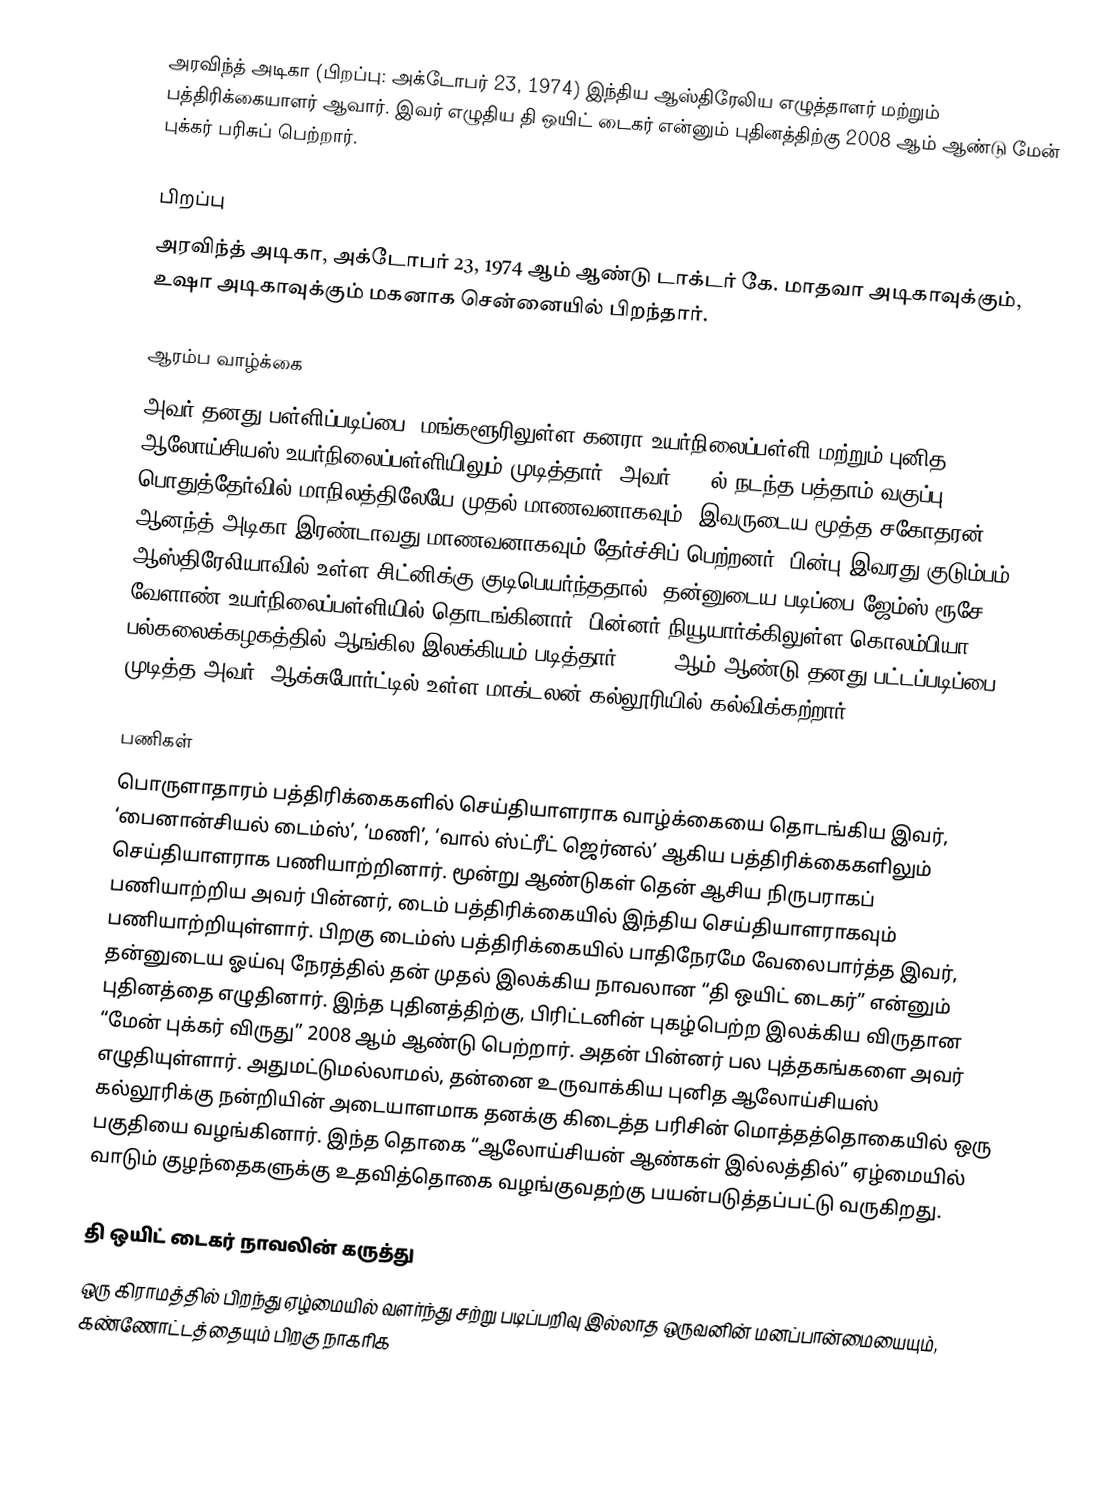
அரவிந்த் அடிகா (பிறப்பு: அக்டோபர் 23, 1974) இந்திய ஆஸ்திரேலிய எழுத்தாளர் மற்றும் பத்திரிக்கையாளர் ஆவார். இவர் எழுதிய தி ஒயிட் டைகர் என்னும் புதினத்திற்கு 2008 ஆம் ஆண்டு மேன் புக்கர் பரிசுப் பெற்றார்.

பிறப்பு
அரவிந்த் அடிகா, அக்டோபர் 23, 1974 ஆம் ஆண்டு டாக்டர் கே. மாதவா அடிகாவுக்கும், உஷா அடிகாவுக்கும் மகனாக சென்னையில் பிறந்தார்.

ஆரம்ப வாழ்க்கை
அவர் தனது பள்ளிப்படிப்பை, மங்களூரிலுள்ள கனரா உயர்நிலைப்பள்ளி மற்றும் புனித ஆலோய்சியஸ் உயர்நிலைப்பள்ளியிலும் முடித்தார். அவர் 1990ல் நடந்த பத்தாம் வகுப்பு பொதுத்தேர்வில் மாநிலத்திலேயே முதல் மாணவனாகவும், இவருடைய மூத்த சகோதரன் ஆனந்த் அடிகா இரண்டாவது மாணவனாகவும் தேர்ச்சிப் பெற்றனர். பின்பு இவரது குடும்பம் ஆஸ்திரேலியாவில் உள்ள சிட்னிக்கு குடிபெயர்ந்ததால், தன்னுடைய படிப்பை ஜேம்ஸ் ரூசே வேளாண் உயர்நிலைப்பள்ளியில் தொடங்கினார். பின்னர் நியூயார்க்கிலுள்ள கொலம்பியா பல்கலைக்கழகத்தில் ஆங்கில இலக்கியம் படித்தார். 1997 ஆம் ஆண்டு தனது பட்டப்படிப்பை முடித்த அவர், ஆக்சுபோர்ட்டில் உள்ள மாக்டலன் கல்லூரியில் கல்விக்கற்றார்.

பணிகள்
பொருளாதாரம் பத்திரிக்கைகளில் செய்தியாளராக வாழ்க்கையை தொடங்கிய இவர், ‘பைனான்சியல் டைம்ஸ்’, ‘மணி’, ‘வால் ஸ்ட்ரீட் ஜெர்னல்’ ஆகிய பத்திரிக்கைகளிலும் செய்தியாளராக பணியாற்றினார். மூன்று ஆண்டுகள் தென் ஆசிய நிருபராகப் பணியாற்றிய அவர் பின்னர், டைம் பத்திரிக்கையில் இந்திய செய்தியாளராகவும் பணியாற்றியுள்ளார். பிறகு டைம்ஸ் பத்திரிக்கையில் பாதிநேரமே வேலைபார்த்த இவர், தன்னுடைய ஓய்வு நேரத்தில் தன் முதல் இலக்கிய நாவலான “தி ஒயிட் டைகர்” என்னும் புதினத்தை எழுதினார். இந்த புதினத்திற்கு, பிரிட்டனின் புகழ்பெற்ற இலக்கிய விருதான “மேன் புக்கர் விருது” 2008 ஆம் ஆண்டு பெற்றார். அதன் பின்னர் பல புத்தகங்களை அவர் எழுதியுள்ளார். அதுமட்டுமல்லாமல், தன்னை உருவாக்கிய புனித ஆலோய்சியஸ் கல்லூரிக்கு நன்றியின் அடையாளமாக தனக்கு கிடைத்த பரிசின் மொத்தத்தொகையில் ஒரு பகுதியை வழங்கினார். இந்த தொகை “ஆலோய்சியன் ஆண்கள் இல்லத்தில்” ஏழ்மையில் வாடும் குழந்தைகளுக்கு உதவித்தொகை வழங்குவதற்கு பயன்படுத்தப்பட்டு வருகிறது.

தி ஒயிட் டைகர் நாவலின் கருத்து
ஒரு கிராமத்தில் பிறந்து ஏழ்மையில் வளர்ந்து சற்று படிப்பறிவு இல்லாத ஒருவனின் மனப்பான்மையையும், கண்ணோட்டத்தையும் பிறகு நாகரிக